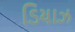
ડિયાઝ